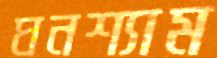
ঘনশ্যাম